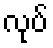
လုပ်